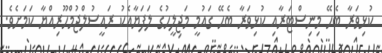
ކުޅިވަރާ ބެހޭ މިނިސްޓަރާއި ކުޅިވަރާ ބެހޭ ގައުމީ މަޖިލީހުގެ ލަފަޔާއެކު ރައީސުލްޖުމްހޫރިއްޔާ ކަމަށެވެ.